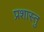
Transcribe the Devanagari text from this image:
प्रशास्तु